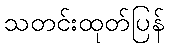
သတင်းထုတ်ပြန်